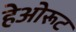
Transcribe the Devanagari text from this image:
हेओरूट